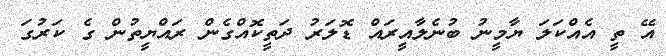
އޭ ތީ އެއްކަލަ ޔާމީނު ބުނެލާއީރައް ޑޮލަރު ދަތީކޮއްގެން ރައްޔީތުން ގެ ކަރުގަ